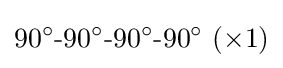
90^{\circ }{\text{-}}90^{\circ }{\text{-}}90^{\circ }{\text{-}}90^{\circ }~(\times 1)